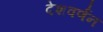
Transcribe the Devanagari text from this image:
देशवर्णन